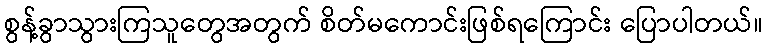
စွန့်ခွာသွားကြသူတွေအတွက် စိတ်မကောင်းဖြစ်ရကြောင်း ပြောပါတယ်။